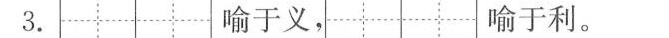
3.喻于义， 喻于利。